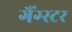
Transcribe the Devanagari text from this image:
गैंग्‍स्‍टर